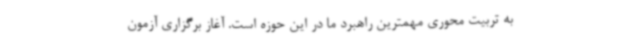
به تربیت محوری مهمترین راهبرد ما در این حوزه است. آغاز برگزاری آزمون